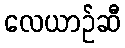
လေယာဉ်ဆီ